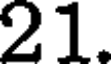
21.